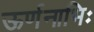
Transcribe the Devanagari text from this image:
ऊर्णनाभिः